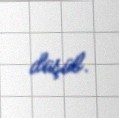
düşüb.